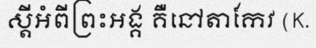
ស្តីអំពីព្រះអង្គ គឺនៅតាកែវ (K.